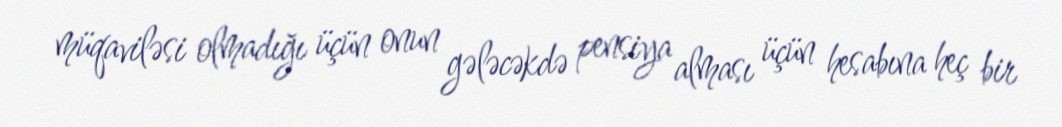
müqaviləsi olmadığı üçün onun gələcəkdə pensiya alması üçün hesabına heç bir